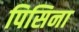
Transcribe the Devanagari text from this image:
पिसिना